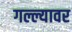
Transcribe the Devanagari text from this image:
गल्ल्यावर